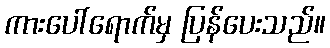
ကားပေါ်ရောက်မှ ပြန်ပေးသည်။